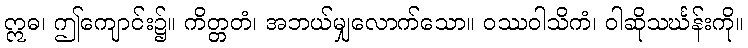
ဣဓ၊ ဤကျောင်း၌။ ကိတ္တတံ၊ အဘယ်မျှလောက်သော။ ဝဿဝါသိကံ၊ ဝါဆိုသင်္ဃန်းကို။